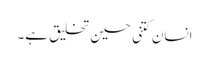
انسان کتنی حسین تخلیق ہے۔